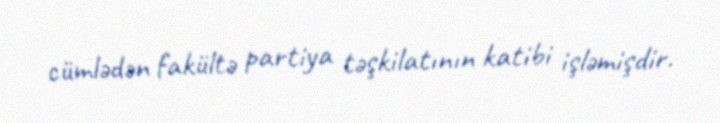
cümlədən fakültə partiya təşkilatının katibi işləmişdir.